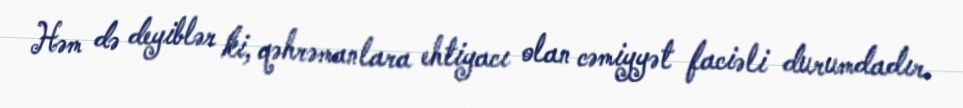
Həm də deyiblər ki, qəhrəmanlara ehtiyacı olan cəmiyyət faciəli durumdadır.